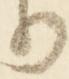
り